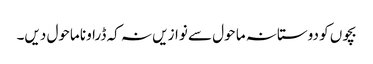
بچوں کو دوستانہ ما حول سے نوازیں نہ کہ ڈراونا ماحول دیں۔